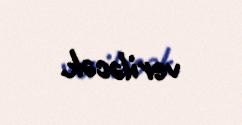
veriləcək.